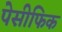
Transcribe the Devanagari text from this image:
पेसीफिक